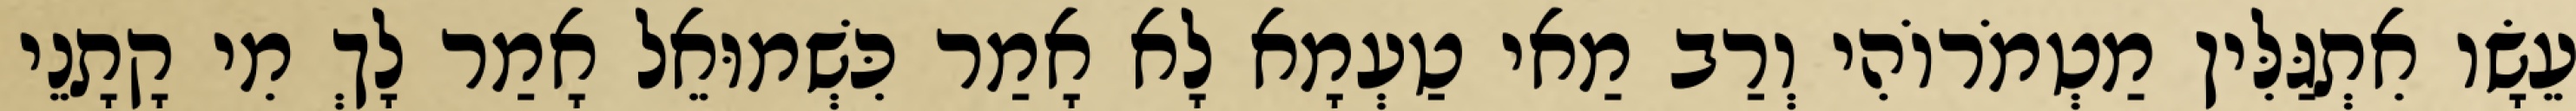
עֵשָׂו אִתְגַּלִּין מַטְמֹרוֹהִי וְרַב מַאי טַעְמָא לָא אָמַר כִּשְׁמוּאֵל אָמַר לָךְ מִי קָתָנֵי